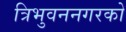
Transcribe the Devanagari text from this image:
त्रिभुवननगरको